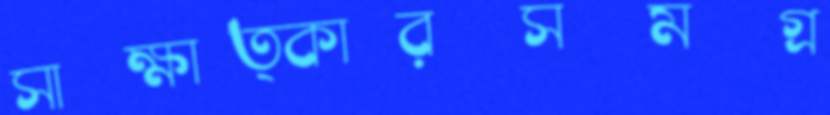
সাক্ষাত্কারসমগ্র